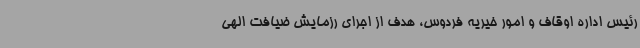
رئیس اداره اوقاف و امور خیریه فردوس، هدف از اجرای رزمایش ضیافت الهی